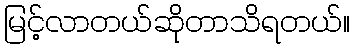
မြင့်လာတယ်ဆိုတာသိရတယ်။